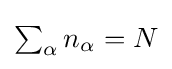
{\textstyle \sum _{\alpha }n_{\alpha }=N}